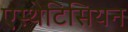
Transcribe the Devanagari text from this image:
एस्थेटिसियन